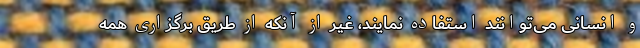
و انسانی می‌توانند استفاده نمایند، غیر از آنکه از طریق برگزاری همه